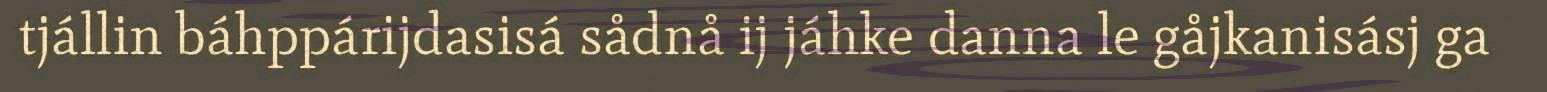
tjállin báhppárijdasisá sådnå ij jáhke danna le gåjkanisásj ga